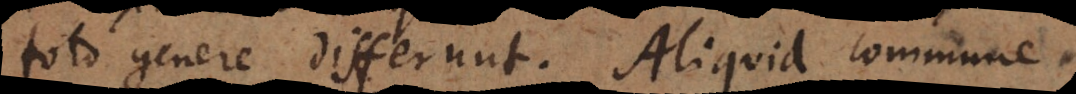
toto genere differunt. Aliquid commune